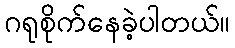
ဂရုစိုက်နေခဲ့ပါတယ်။